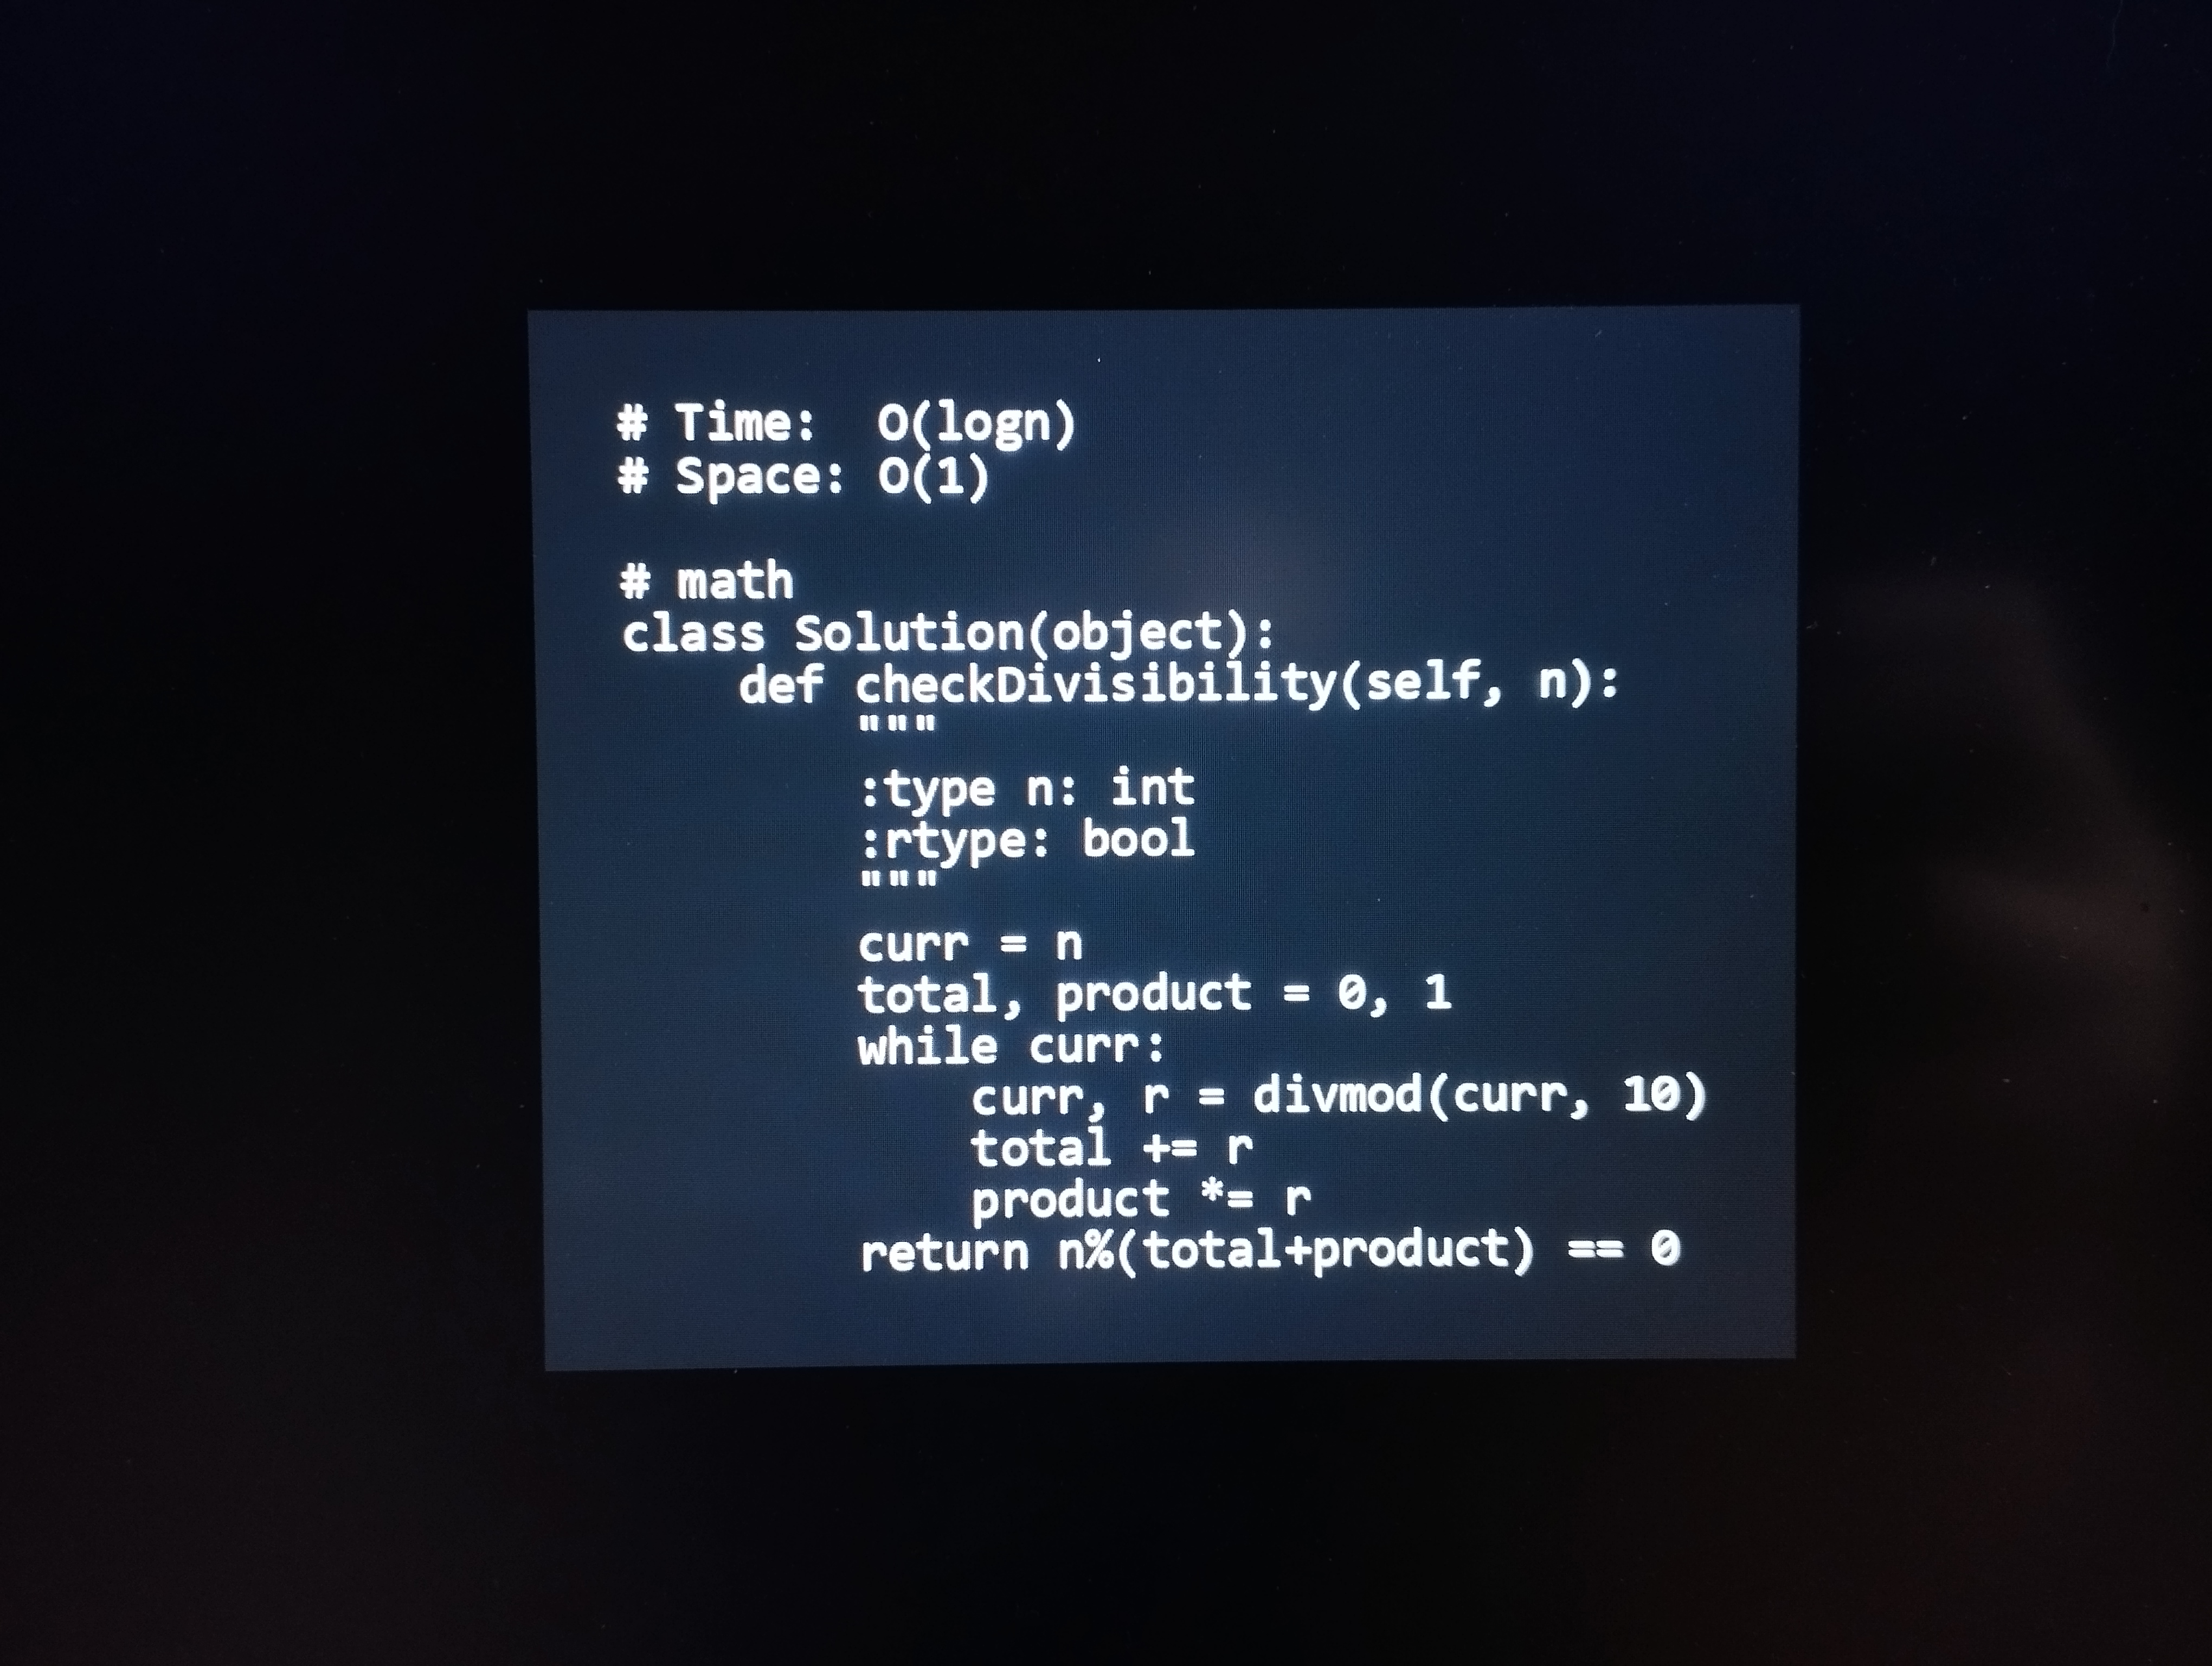
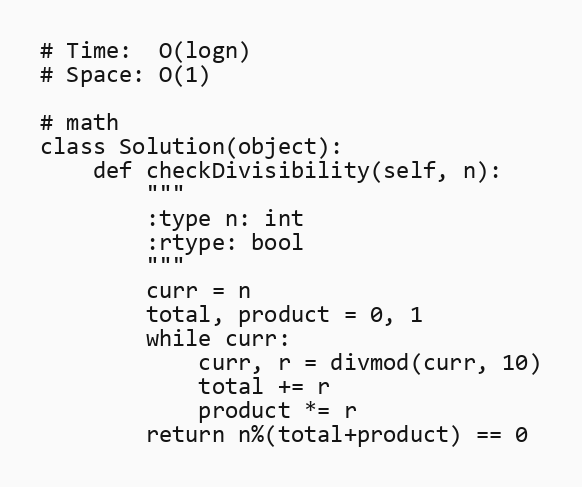
# Time:  O(logn)
# Space: O(1)

# math
class Solution(object):
    def checkDivisibility(self, n):
        """
        :type n: int
        :rtype: bool
        """
        curr = n
        total, product = 0, 1
        while curr:
            curr, r = divmod(curr, 10)
            total += r
            product *= r
        return n%(total+product) == 0